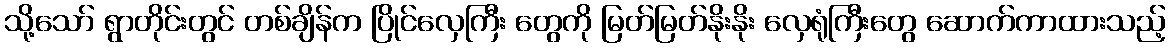
သို့သော် ရွာတိုင်းတွင် တစ်ချိန်က ပြိုင်လှေကြီး တွေကို မြတ်မြတ်နိုးနိုး လှေရုံကြီးတွေ ဆောက်ကာထားသည့်